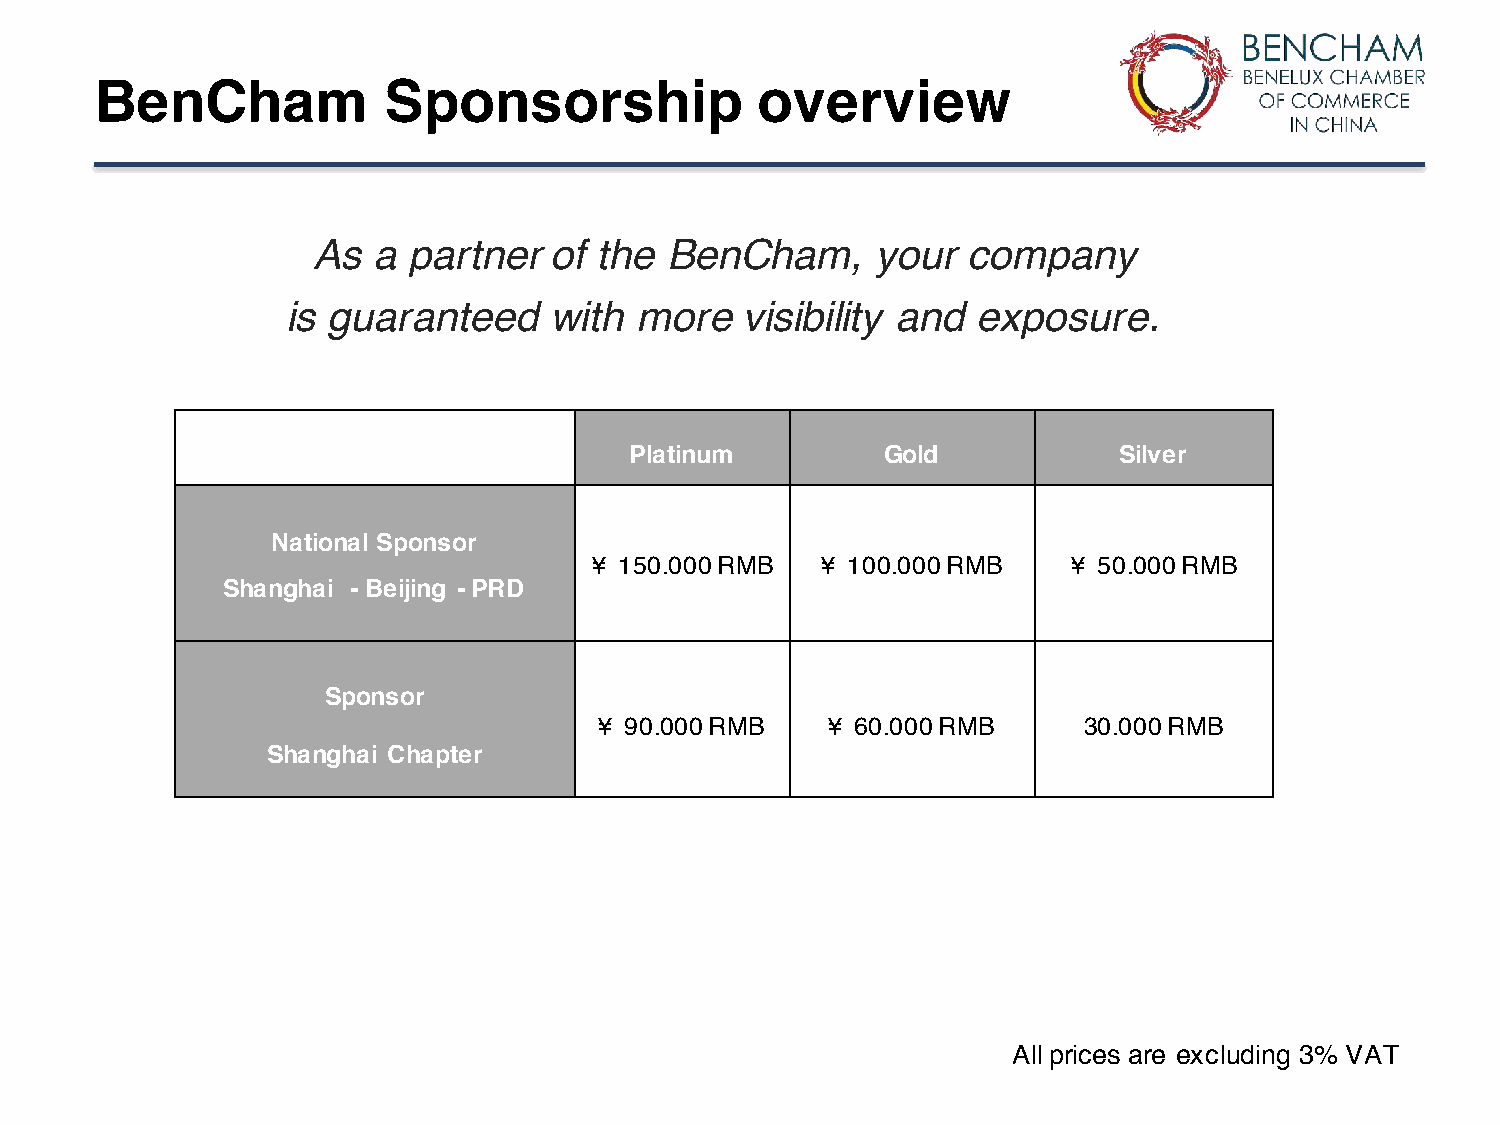
BenCham            Sponsorship              overview
 As  a partner  of the  BenCham,      your  company
 is guaranteed    with  more   visibility and  exposure.
 Platinum         Gold           Silver
 National Sponsor
 ¥ 150.000 RMB  ¥ 100.000 RMB    ¥ 50.000 RMB
 Shanghai - Beijing - PRD
 Sponsor
 ¥ 90.000 RMB   ¥ 60.000 RMB     30.000 RMB
 Shanghai Chapter
 All prices are excluding 3% VAT